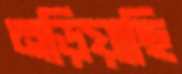
নড়িয়াছি